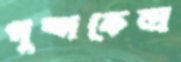
পুষ্পকেন্দ্র